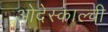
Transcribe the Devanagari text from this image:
ओदेस्काल्ची